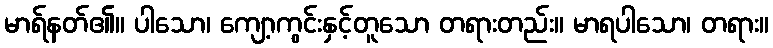
မာရ်နတ်၏။ ပါသော၊ ကျော့ကွင်းနှင့်တူသော တရားတည်း။ မာရပါသော၊ တရား။